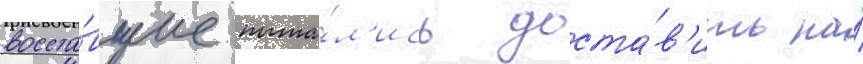
восста́вшие пыта́л'ись доста́в'ить на́